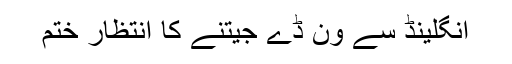
انگلینڈ سے ون ڈے جیتنے کا انتظار ختم